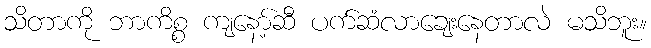
သိတာကို ဘာကိစ္စ ကျနော့်ဆီ ပက်ဆံလာချေးနေတာလဲ မသိဘူး။